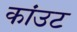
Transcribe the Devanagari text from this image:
कांउट